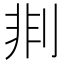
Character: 剕